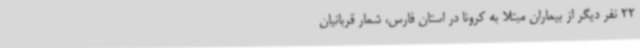
22 نفر دیگر از بیماران مبتلا به کرونا در استان فارس، شمار قربانیان